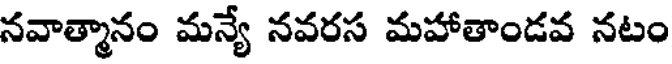
నవాత్మానం మన్యే నవరస మహాతాండవ నటం